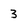
Character: 3